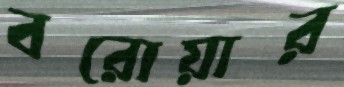
বরোয়ার